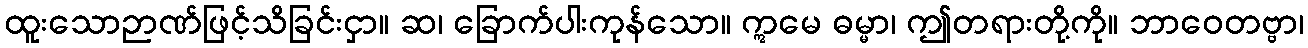
ထူးသောဉာဏ်ဖြင့်သိခြင်းငှာ။ ဆ၊ ခြောက်ပါးကုန်သော။ ဣမေ ဓမ္မာ၊ ဤတရားတို့ကို။ ဘာဝေတဗ္ဗာ၊